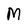
Character: M